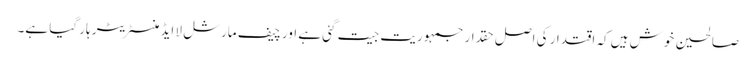
صالحین خوش ہیں کہ اقتدار کی اصل حقدار جمہوریت جیت گئی ہے اور چیف مارشل لا ایڈمنسٹریٹر ہار گیا ہے۔